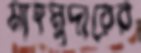
মাহমুদারের